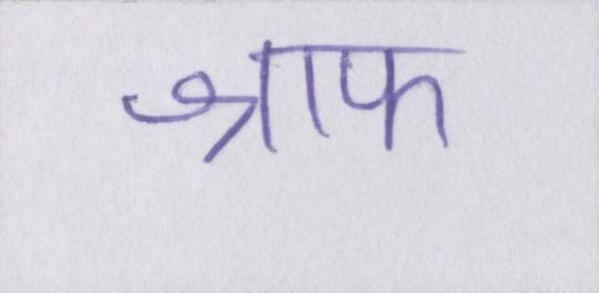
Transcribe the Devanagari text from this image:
श्राफ